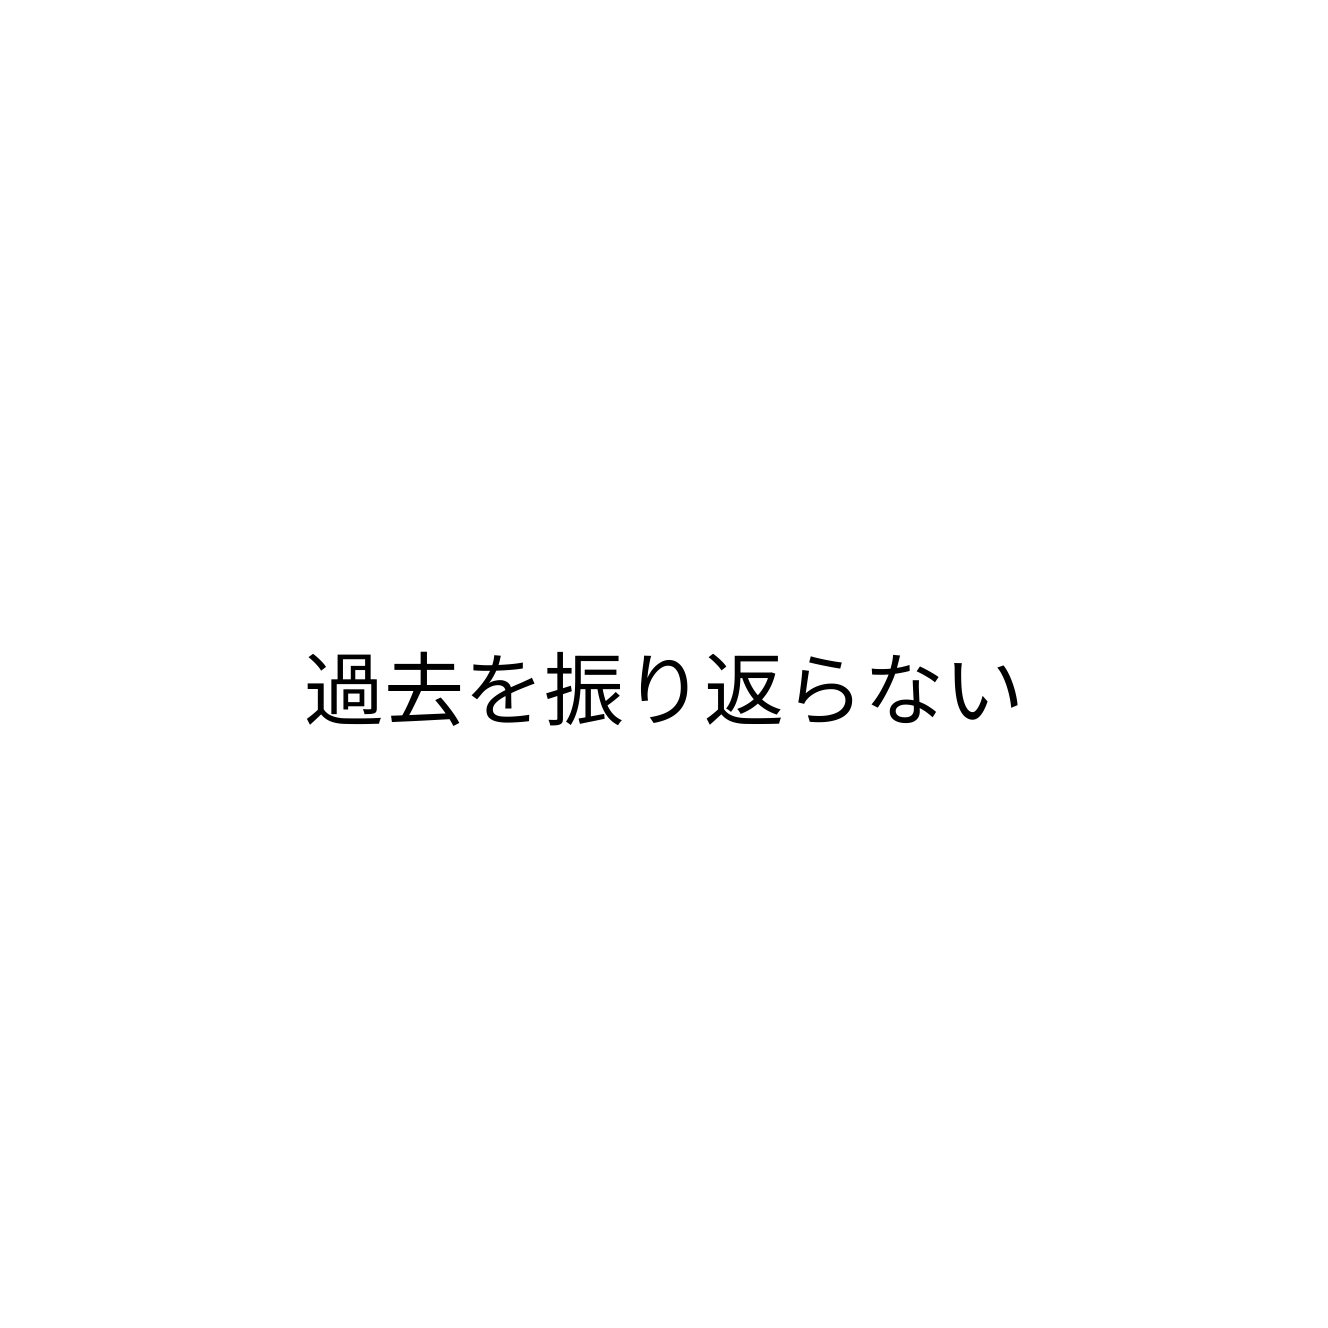
過去を振り返らない